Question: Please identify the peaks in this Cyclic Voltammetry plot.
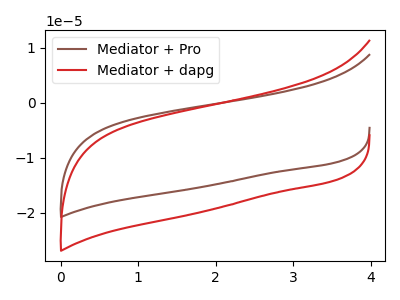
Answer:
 <answer>The brown curve "Mediator + Pro" has no peaks. The red curve "Mediator + dapg" has no peaks.</answer>
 <eval></eval>